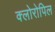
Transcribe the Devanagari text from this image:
क्लोरोपिल